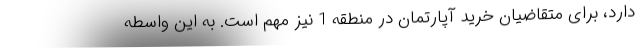
دارد، برای متقاضیان خرید آپارتمان در منطقه 1 نیز مهم است. به این واسطه